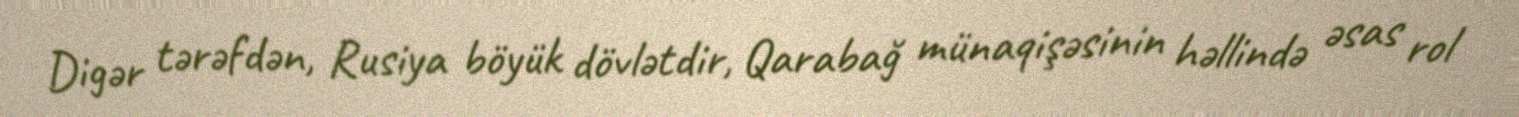
Digər tərəfdən, Rusiya böyük dövlətdir, Qarabağ münaqişəsinin həllində əsas rol